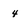
Character: 4